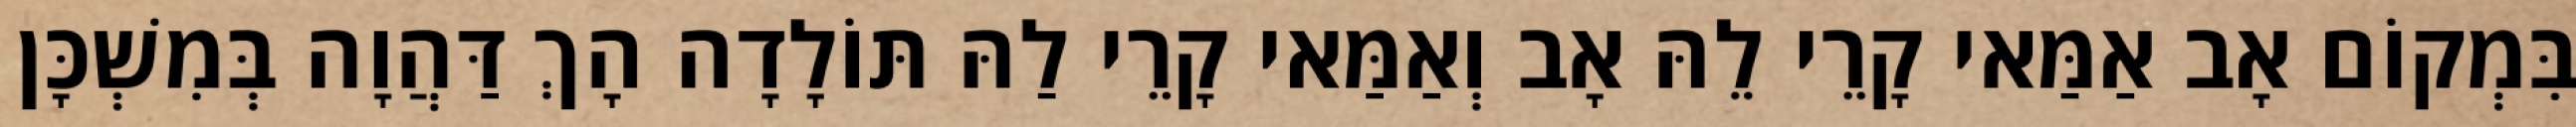
בִּמְקוֹם אָב אַמַּאי קָרֵי לֵהּ אָב וְאַמַּאי קָרֵי לַהּ תּוֹלָדָה הָךְ דַּהֲוָה בְּמִשְׁכָּן